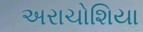
અરાચોશિયા